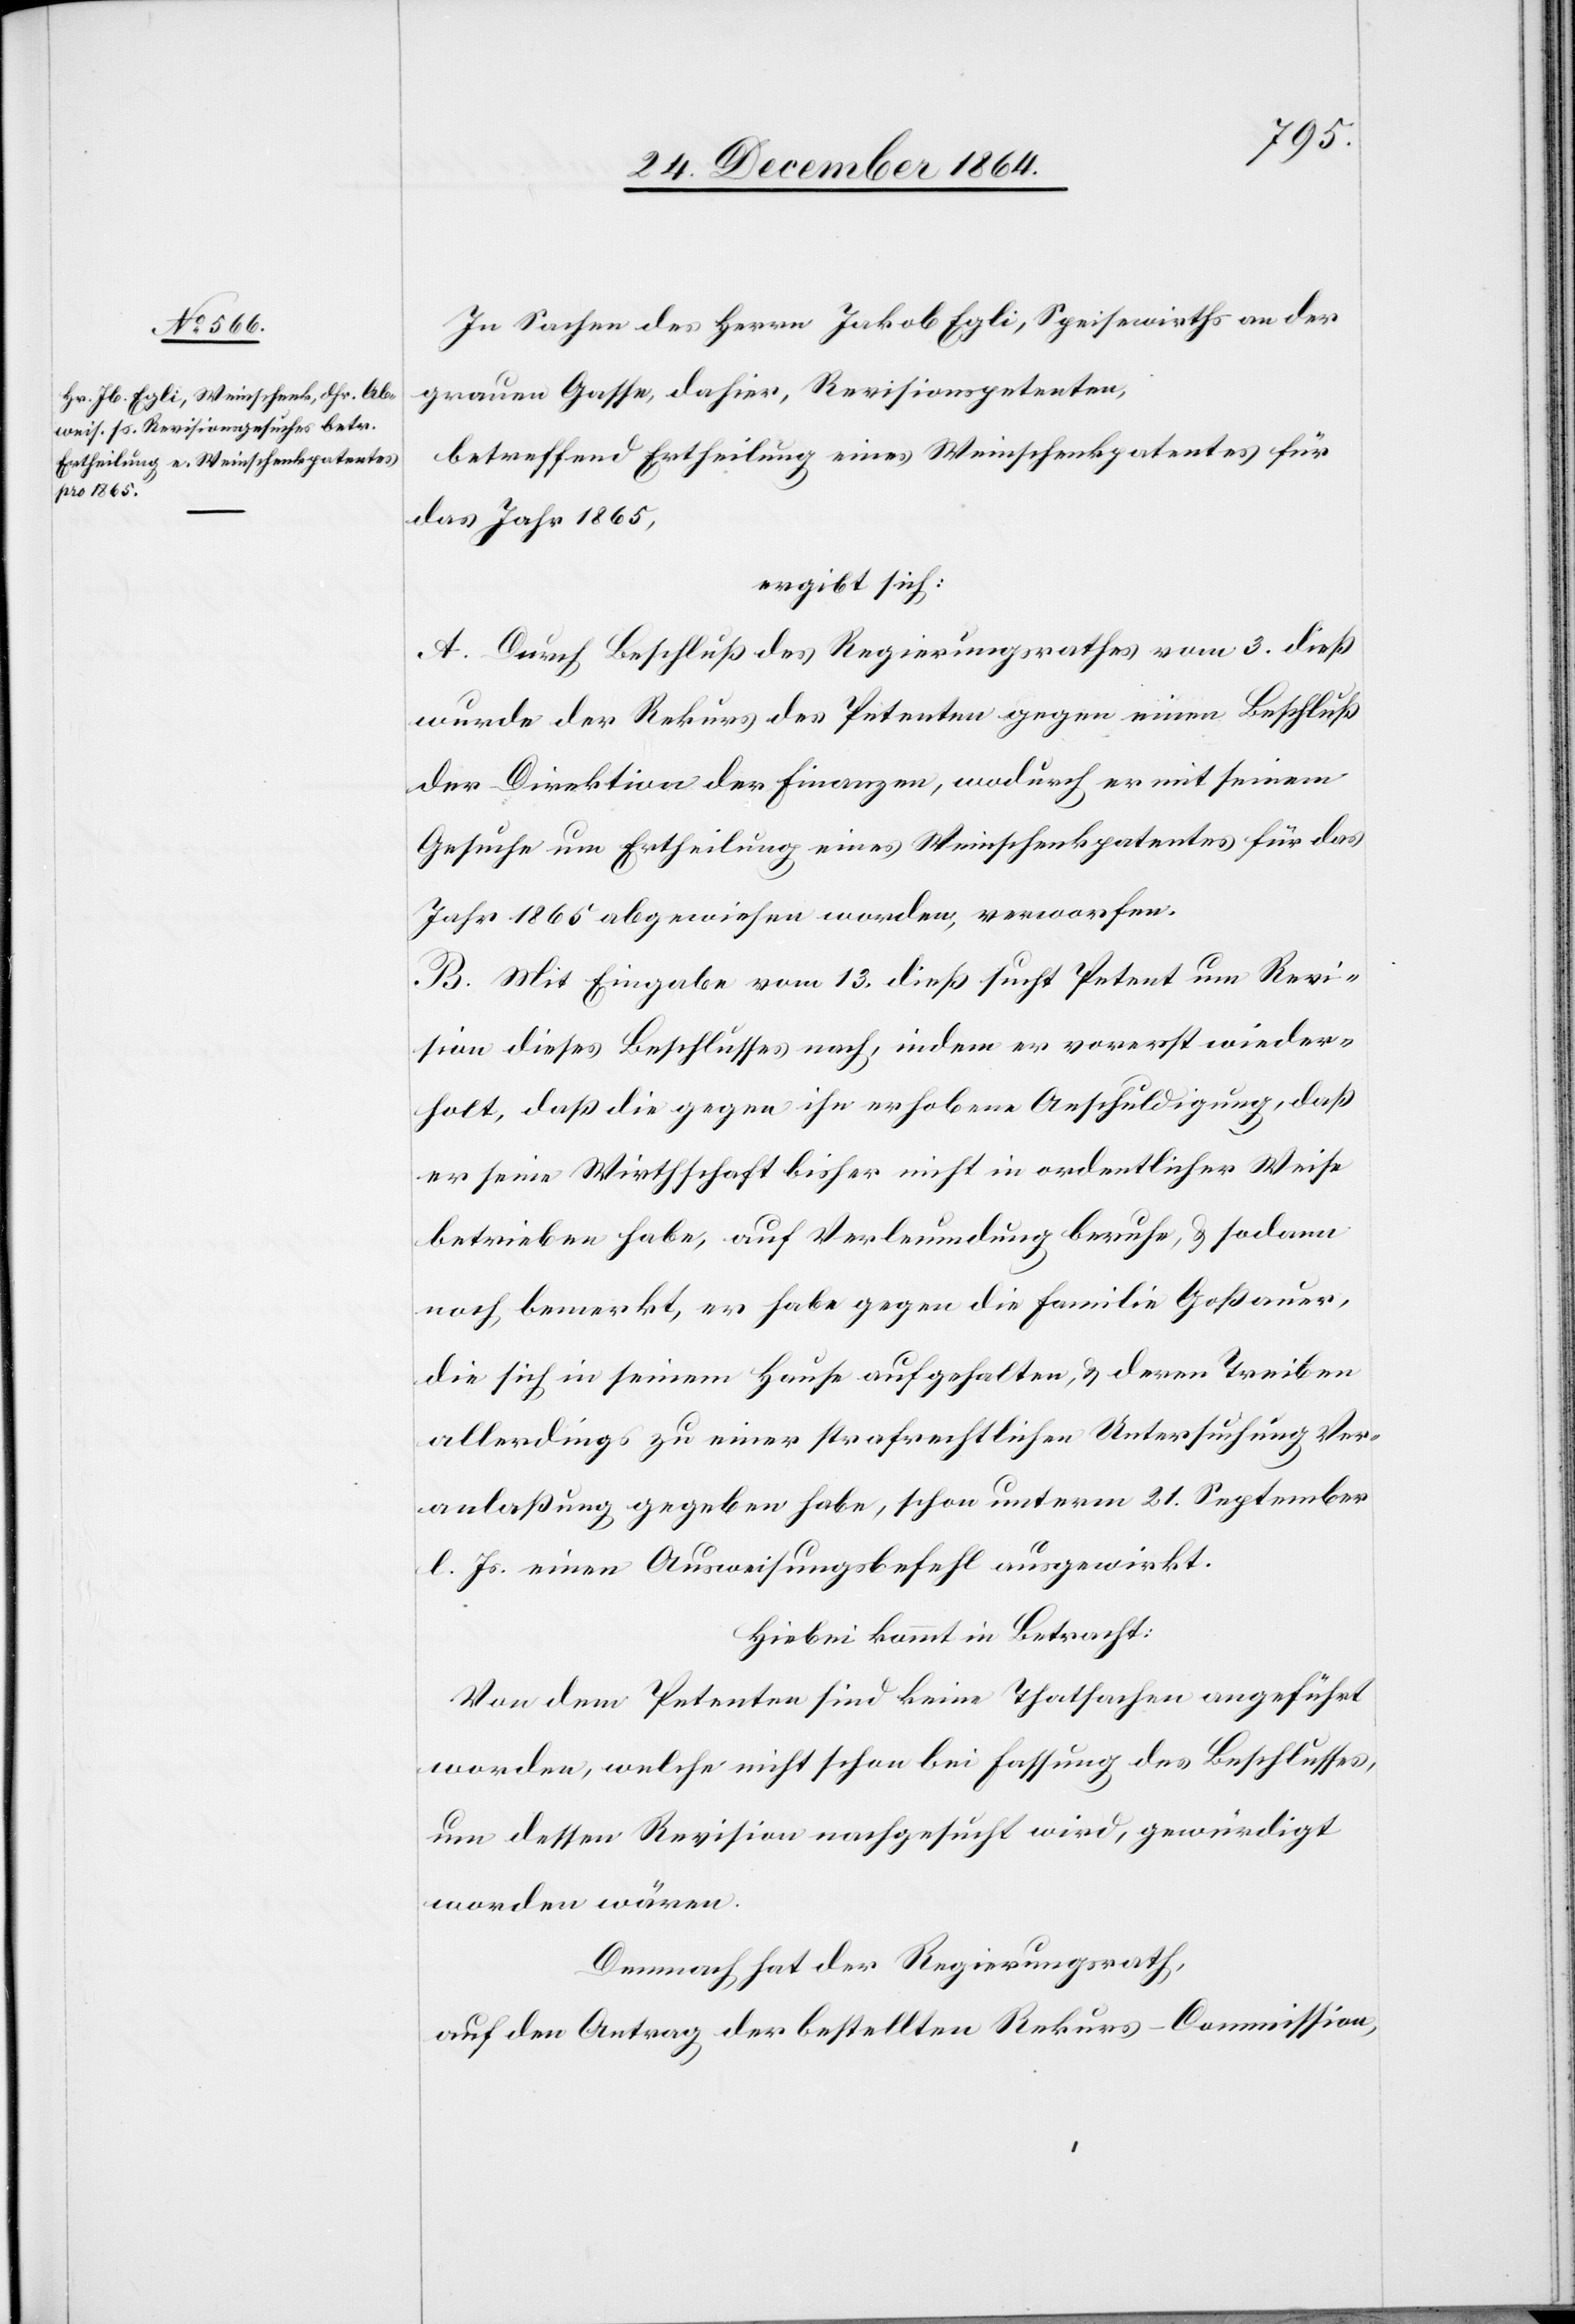
In Sachen des Herrn Jakob Egli, Speisewirths an der
grauen Gasse, dahier, Revisionspetenten,
betreffend Ertheilung eines Weinschenkpatentes für
das Jahr 1865,
ergibt sich:
A. Durch Beschluß des Regierungsrathes vom 3. dieß
wurde der Rekurs des Petenten gegen einen Beschluß
der Direktion der Finanzen, wodurch er mit seinem
Gesuche um Ertheilung eines Weinschenkpatentes für das
Jahr 1865 abgewiesen worden, verworfen.
B. Mit Eingabe vom 13. dieß sucht Petent um Revi¬
sion dieses Beschlusses nach, indem er vorerst wieder¬
holt, daß die gegen ihn erhobene Anschuldigung, daß
er seine Wirthschaft bisher nicht in ordentlicher Weise
betrieben habe, auf Verleumdung beruhe, & sodann
noch bemerkt, er habe gegen die Familie Goßauer,
die sich in seinem Hause aufgehalten, & deren Treiben
allerdings zu einer strafrechtlichen Untersuchung Ver¬
anlaßung gegeben habe, schon unterm 21. September
l. Js. einen Ausweisungsbefehl ausgewirkt.
Hiebei kommt in Betracht:
Von dem Petenten sind keine Thatsachen angeführt
worden, welche nicht schon bei Fassung des Beschlusses,
um dessen Revision nachgesucht wird, gewürdigt
worden wären.
Demnach hat der Regierungsrath,
auf den Antrag der bestellten Rekurs-Commission,